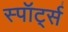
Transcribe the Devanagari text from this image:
स्पॉर्ट्स